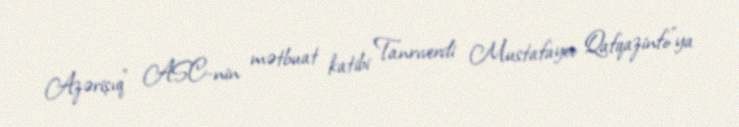
Azərişıq" ASC-nin mətbuat katibi Tanrıverdi Mustafayev Qafqazinfo”ya